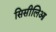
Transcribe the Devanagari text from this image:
सिसीलिआ